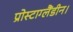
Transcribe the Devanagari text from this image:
प्रोस्टाग्लैंडीन।